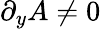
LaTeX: \partial_{y}A\neq 0